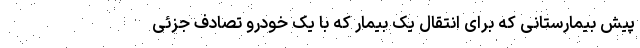
پیش بیمارستانی که برای انتقال یک بیمار که با یک خودرو تصادف جزئی